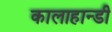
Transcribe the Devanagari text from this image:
कालाहान्डी